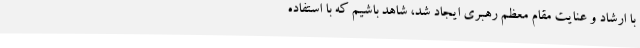
با ارشاد و عنایت مقام معظم رهبری ایجاد شد، شاهد باشیم که با استفاده